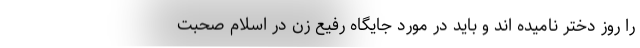
را روز دختر نامیده اند و باید در مورد جایگاه رفیع زن در اسلام صحبت